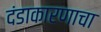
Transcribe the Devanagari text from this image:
दंडाकारणाचा